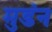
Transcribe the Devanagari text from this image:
मुडंन